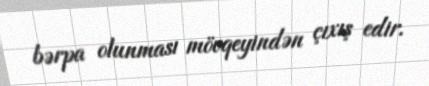
bərpa olunması mövqeyindən çıxış edir.